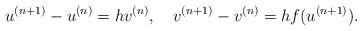
\begin{align*}u^{(n+1)}-u^{(n)}=hv^{(n)}, \quad v^{(n+1)}-v^{(n)}=hf(u^{(n+1)}).\end{align*}